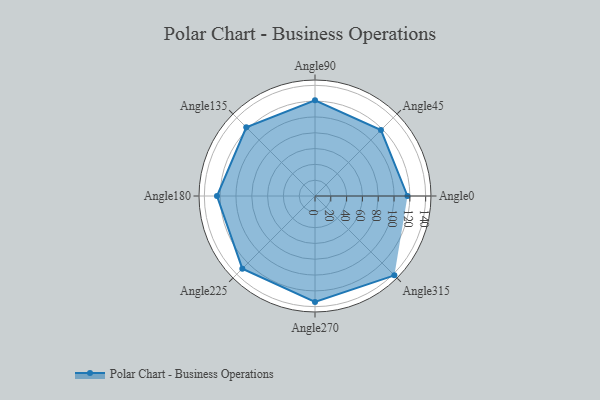
{"axis": {"x": "Angle", "y": "Radius"}, "legend": [""], "data": [{"x": "Angle0", "y": 117.0, "type": ""}, {"x": "Angle45", "y": 118.0, "type": ""}, {"x": "Angle90", "y": 121.0, "type": ""}, {"x": "Angle135", "y": 123.0, "type": ""}, {"x": "Angle180", "y": 124.0, "type": ""}, {"x": "Angle225", "y": 130.0, "type": ""}, {"x": "Angle270", "y": 134.0, "type": ""}, {"x": "Angle315", "y": 142.0, "type": ""}]}